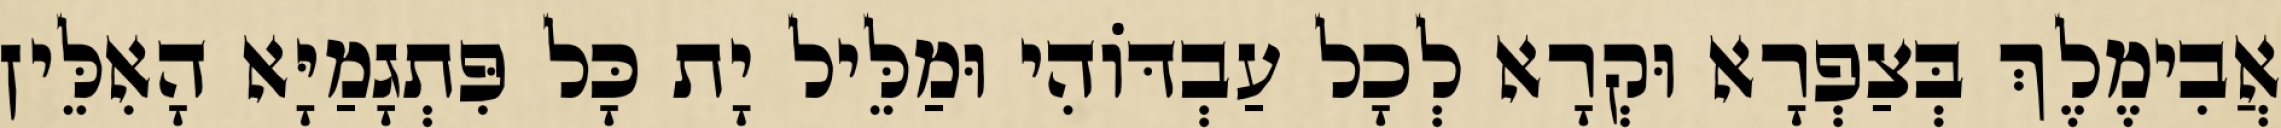
אֲבִימֶלֶךְ בְּצַפְרָא וּקְרָא לְכָל עַבְדּוֹהִי וּמַלֵּיל יָת כָּל פִּתְגָמַיָּא הָאִלֵּין